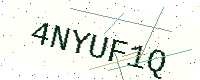
Text: 4NYUF1Q